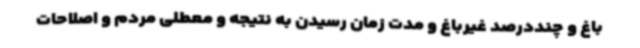
باغ و چنددرصد غیرباغ و مدت زمان رسیدن به نتیجه و معطلی مردم و اصلاحات